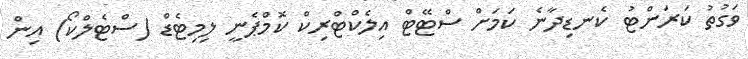
ވަގުތު ކަރަންޓު ކެނޑިދާނެ ކަމަށް ސްޓޭޓް އިލެކްޓްރިކް ކޮމްޕެނީ ލިމިޓެޑް (ސްޓެލްކޯ) އިން